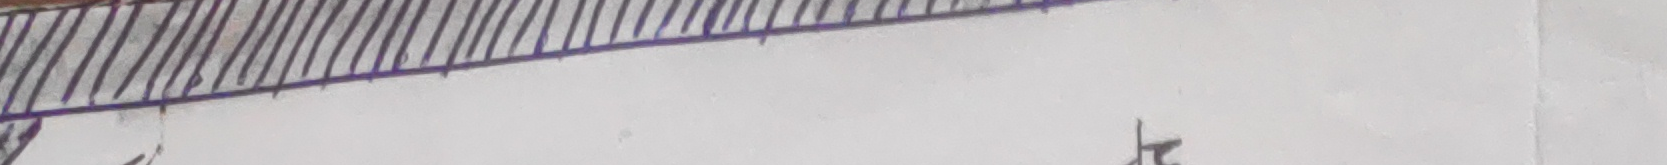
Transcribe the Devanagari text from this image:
त